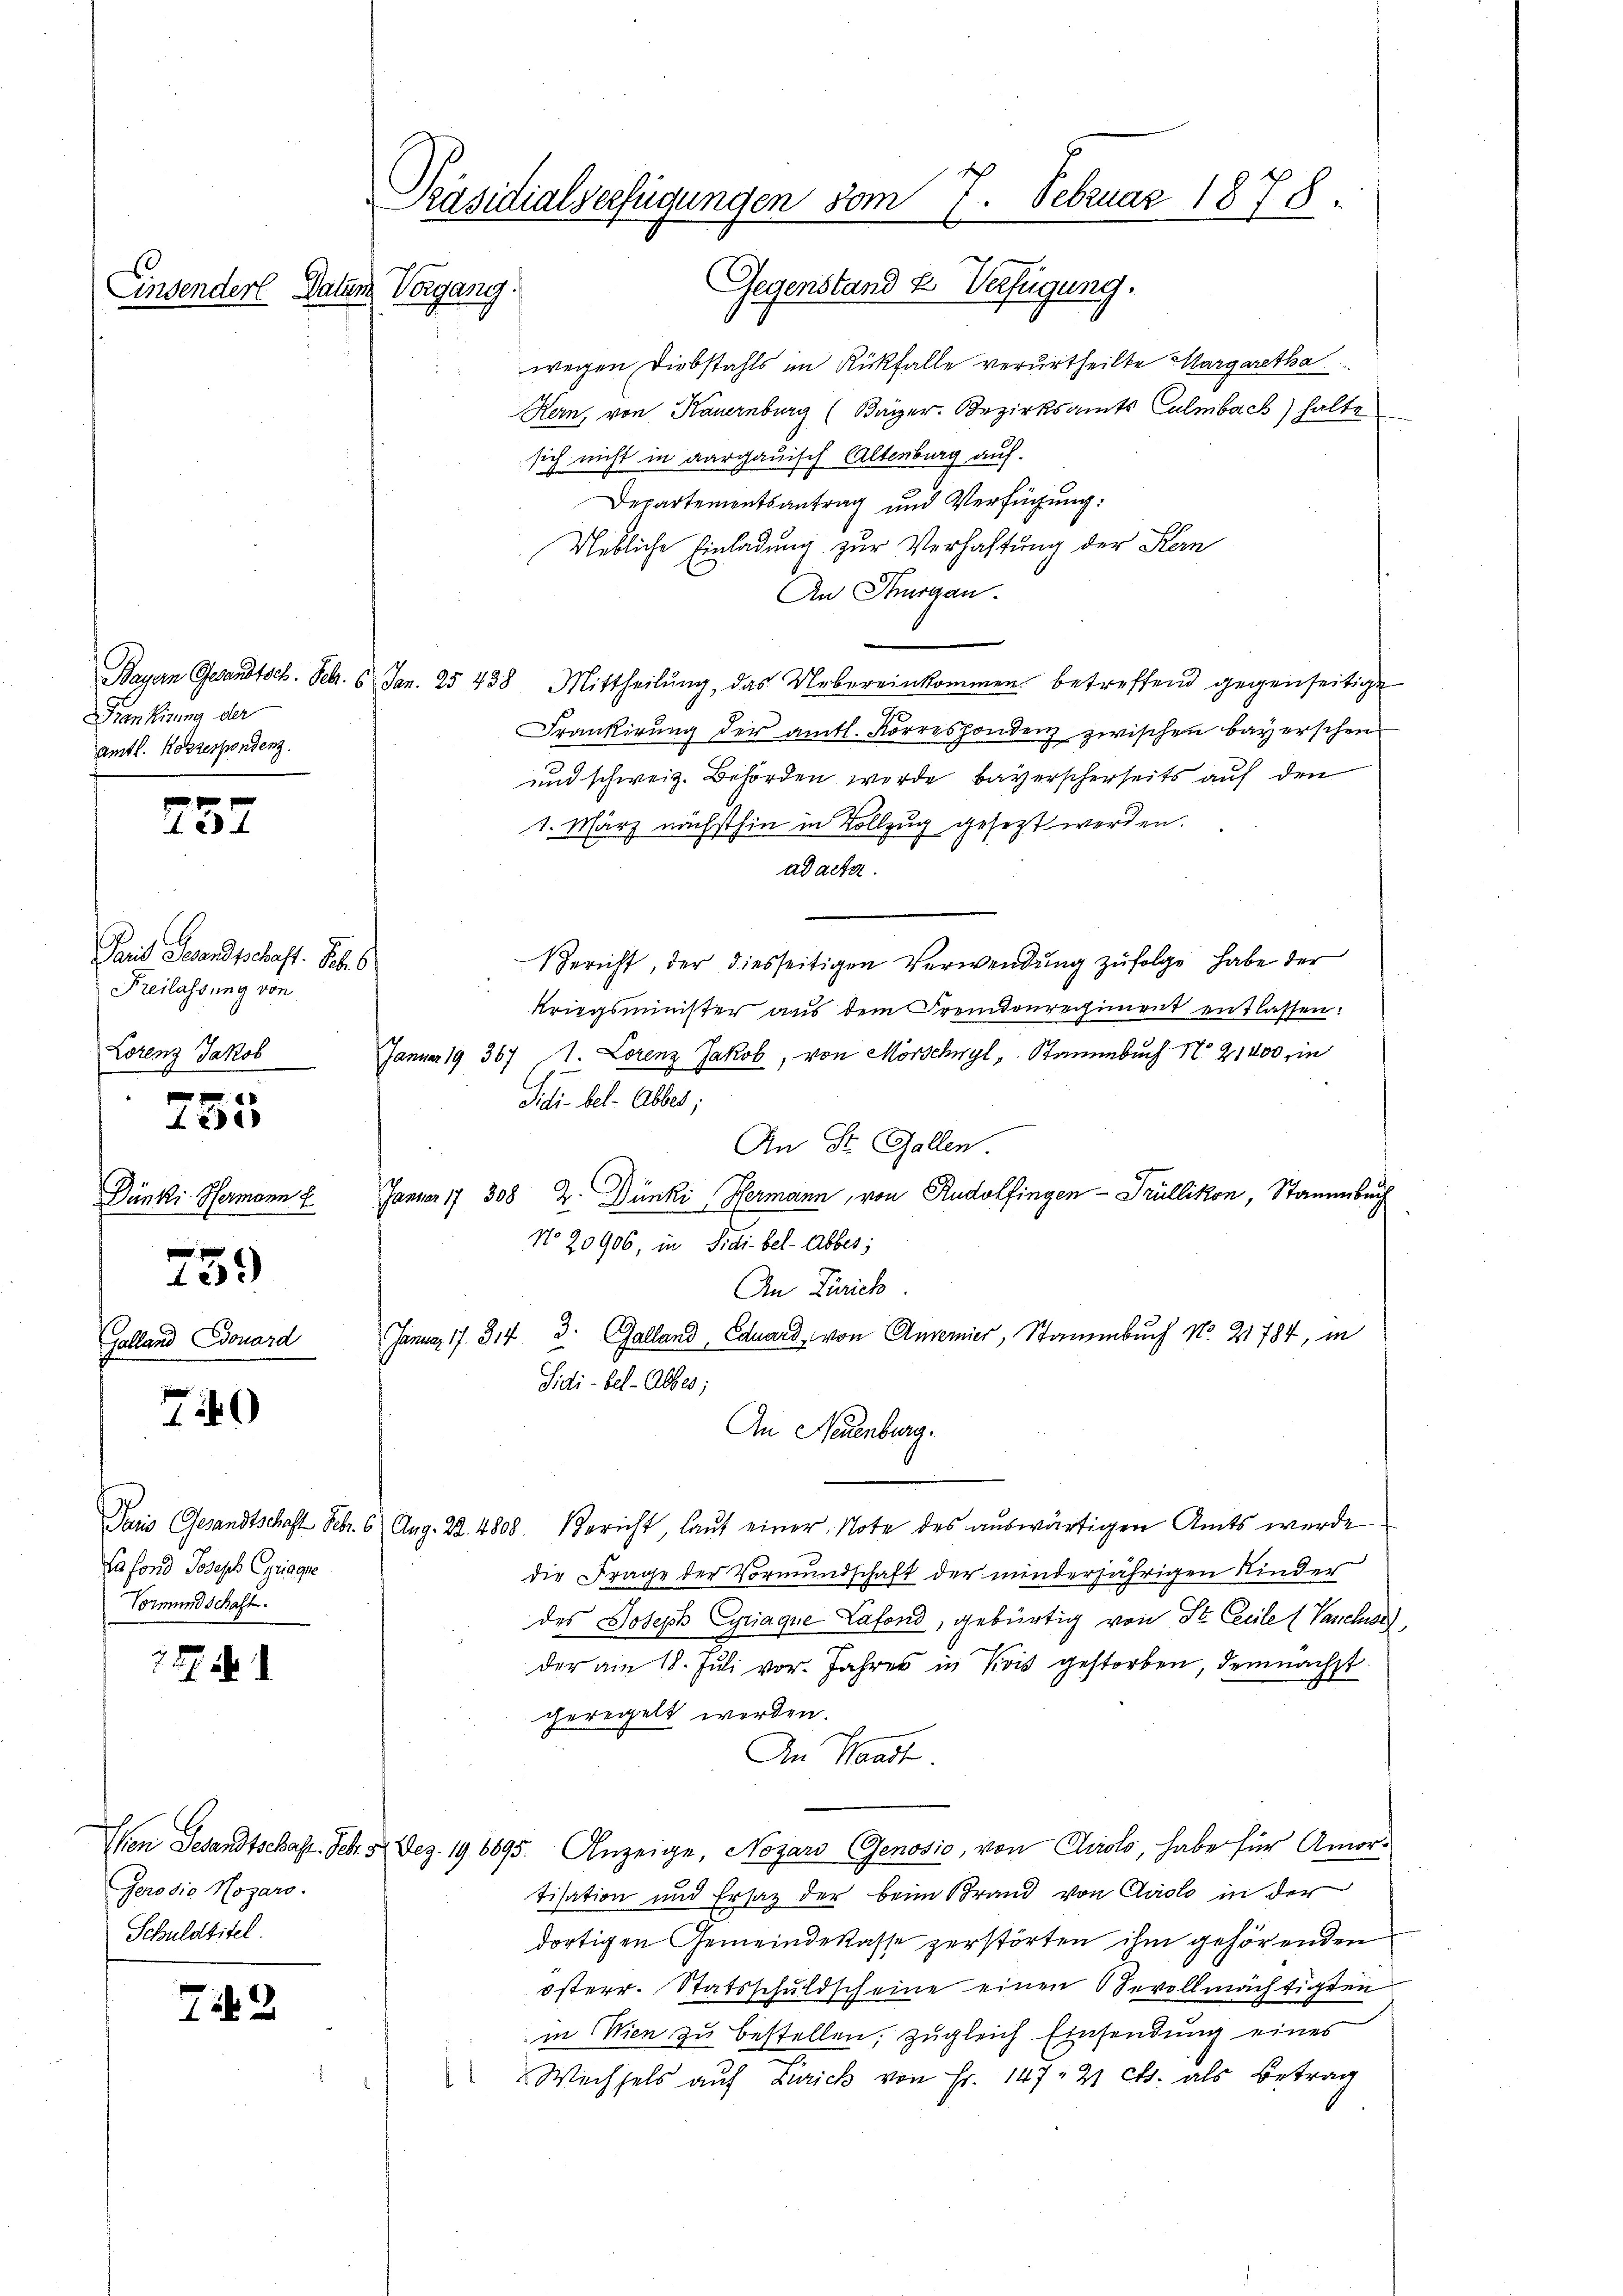
Einsendere Datum Vorgang.

Krankung der
amtl. Korrespondenz.

237

Paris Gesandtschaft. S. 6
Freilassung von
Lorenz Jakob

Le

Dünki- Hermann f

15)

Galland Douard

740

27. d.

72

Cafond Joseph Gyriage
Vormundschaft.

Gerosio Mozars.
Schuldtitel.

Präsidialverfügungen vom 7. Februar 1878.
Gegenstand u. Verfügung.

wegen Diebstahls im Rückfalle verurtheilte Margaretha
Kern, von Hauernburg (Bayer. Bezirksamts Culmbach) halte
sich nicht in aargauisch Altenburg auf.
Departementsantrag und Verfügung:
Uebliche Einladung zur Verhaltung der Stern
An Thurgau.
e
Bayern Gesandtsch. Febr. 6 Jan. 25 438 Mittheilŭng, das Uebereinkommen betreffend gegenseitige
.
Frankirung der amtl. Korrespondenz zwischen Bayerschen
und schweiz. Behörden wurde bayerscherseits auf den
1. März nächsthin in Vollzug gesezt werden.
ad acta.
Bericht, der diesseitigen Verwendung zufolge habe der
Kriegsminister aus dem Fremdenrechiment entlassen:
Januar 19. 367, 1. Lorenz Jakob, von Mörschwyl, Stammbuch No. 21000 in
Stibel- Abbes;
An Dr. Gallen
Januar 17 308 Z. Dünki Hermann, von Rudolfingen - Trüllikon, Stammbach
No 20906, in Fidi. bel- Abbes;
An Zürich
Januar 17. 314 3. Galland, Eduard, von Annemier, Stammbuch No. 21784, in
Sidi-bel- Abbes;
An Neuenburg.
Paris (Gesandtschaft Febr. 6 Aug. 22. 4808. Bericht, laut einer Note des auswärtigen Amts werde
die Frage der Vormundschaft der minderjährigen Kinder
des Joseph Gyriaque Lafond, gebürtig von St. Cecile (Vanchises,
der am 18. Juli vor. Jahres in Kois gestorben, demnächst
geregelt werden.
An Waadt.
Wen Gesandtschaft. Febr. 5 Dez. 19. 6695. Anzeige, Nozard Genosio, von Airolo, habe für Amortisation und Ersatz der beim Brand von Carolo in der
dortigen Gemeindekasse zerstörten ihm gehörenden
österr. Statsschuldscheine einen Revollmächtigten
in Wien zu bestellen, zugleich Einsendung eines
Wechsels auf Zürich von Fr. 147. 21 cts. als Betrag